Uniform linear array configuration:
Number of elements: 48
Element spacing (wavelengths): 0.75
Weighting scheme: kaiser
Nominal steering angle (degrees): -45
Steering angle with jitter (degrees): -44.266
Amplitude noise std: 0.05
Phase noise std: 0.05

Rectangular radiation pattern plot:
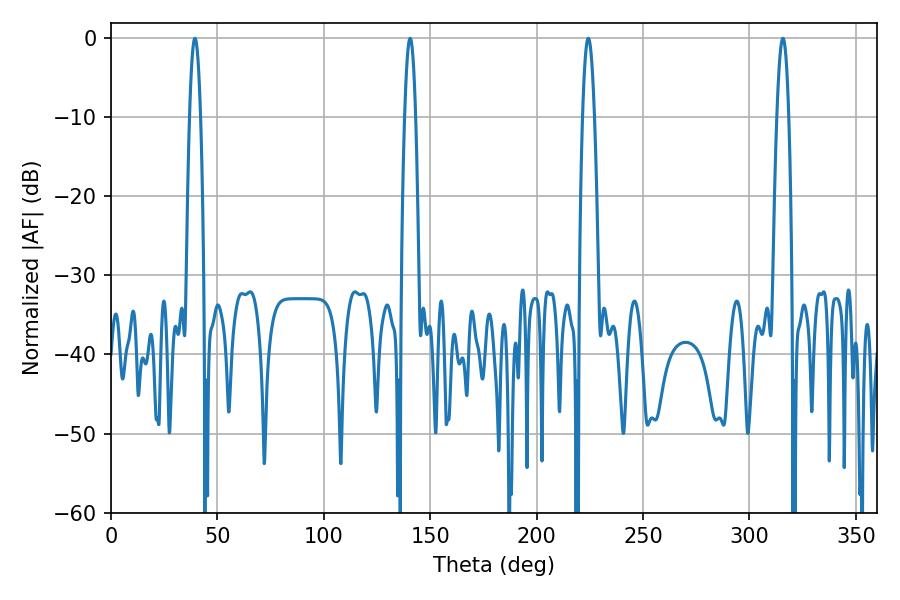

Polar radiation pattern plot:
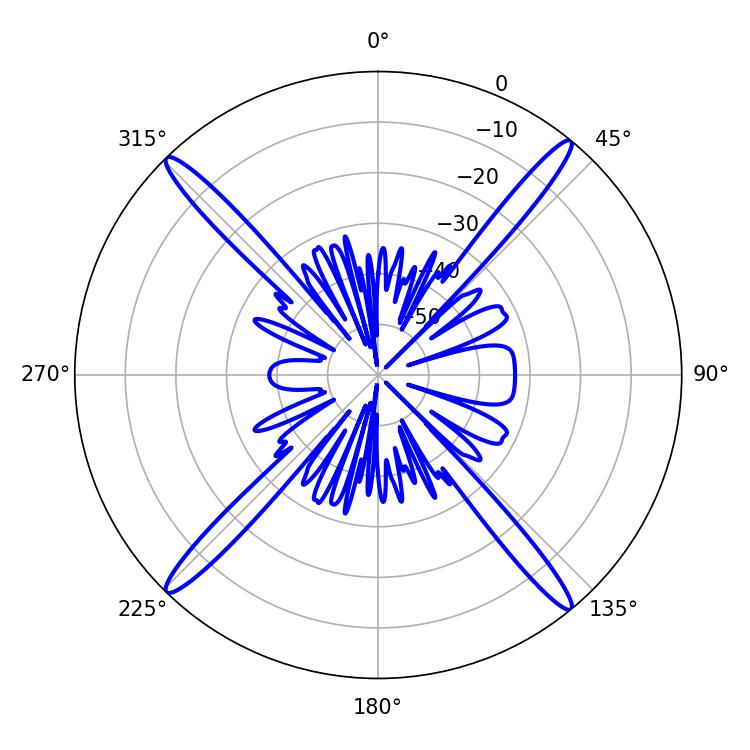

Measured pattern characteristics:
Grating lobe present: TRUE
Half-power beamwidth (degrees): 2.88
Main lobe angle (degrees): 224.28